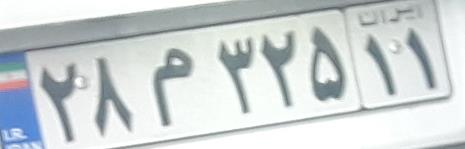
۲۸م۳۲۵۱۱